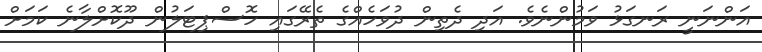
އަންނަނީ ރަނގަޅު ވަމުންނެވެ. އަދި ދެތިން ދުވަހެއްގެ ތެރޭގައި ހޮސްޕިޓަލުން ދޫކޮށްލާނެ ކަމަށް